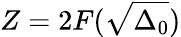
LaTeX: Z=2F(\sqrt{\Delta_{0}})